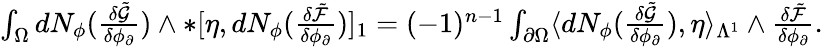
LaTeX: \begin{array}{r}{\int_{\Omega}dN_{\phi}(\frac{\delta\tilde{\mathcal{G}}}{\delta\phi_{\partial}})\wedge\ast[\eta,dN_{\phi}(\frac{\delta\tilde{\mathcal{F}}}{\delta\phi_{\partial}})]_{1}=(-1)^{n-1}\int_{\partial\Omega}\langle dN_{\phi}(\frac{\delta\tilde{\mathcal{G}}}{\delta\phi_{\partial}}),\eta\rangle_{\Lambda^{1}}\wedge\frac{\delta\tilde{\mathcal{F}}}{\delta\phi_{\partial}}.}\end{array}